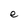
Character: e